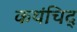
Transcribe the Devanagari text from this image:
कथंचिद्